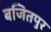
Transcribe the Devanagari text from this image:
बजितपुर